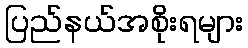
ပြည်နယ်အစိုးရများ